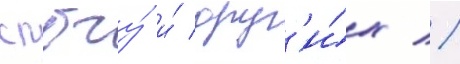
спбгу́ и́ друг'и́х //